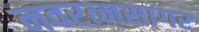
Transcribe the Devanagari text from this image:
नवरत्नसागर